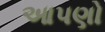
આપણો